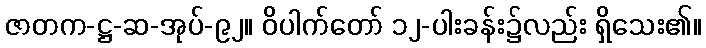
ဇာတက-ဋ္ဌ-ဆ-အုပ်-၉၂။ ဝိပါက်တော် ၁၂-ပါးခန်း၌လည်း ရှိသေး၏။